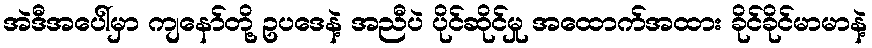
အဲဒီအပေါ်မှာ ကျနော်တို့ ဥပဒေနဲ့ အညီပဲ ပိုင်ဆိုင်မှု အထောက်အထား ခိုင်ခိုင်မာမာနဲ့